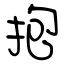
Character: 抱